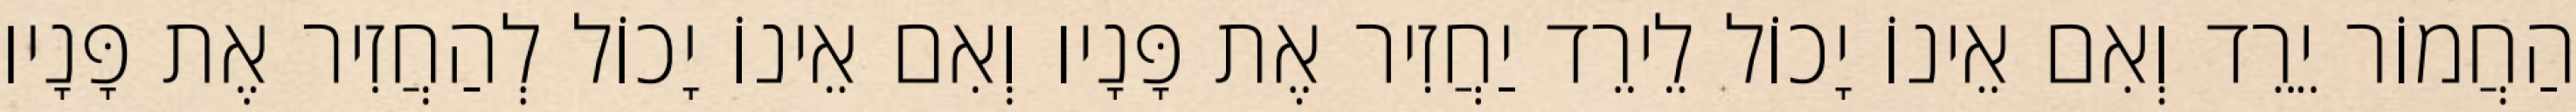
הַחֲמוֹר יֵרֵד וְאִם אֵינוֹ יָכוֹל לֵירֵד יַחֲזִיר אֶת פָּנָיו וְאִם אֵינוֹ יָכוֹל לְהַחֲזִיר אֶת פָּנָיו